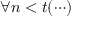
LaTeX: \forall n < t ( \cdots )